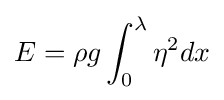
E=\rho g\int _{0}^{\lambda }\eta ^{2}dx